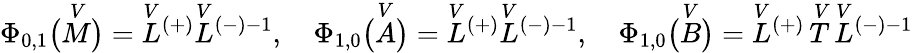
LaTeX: \Phi_{0,1}\bigl(\overset{V}{M}\bigr)=\overset{V}{L}{^{(+)}}\overset{V}{L}{^{(-)-1}},\quad\Phi_{1,0}\bigl(\overset{V}{A}\bigr)=\overset{V}{L}{^{(+)}}\overset{V}{L}{^{(-)-1}},\quad\Phi_{1,0}\bigl(\overset{V}{B}\bigr)=\overset{V}{L}{^{(+)}}\, \overset{V}{T}\, \overset{V}{L}{^{(-)-1}}